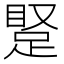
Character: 𬑝